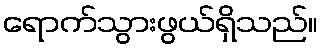
ရောက်သွားဖွယ်ရှိသည်။